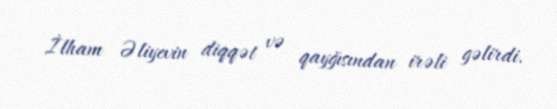
İlham Əliyevin diqqət və qayğısından irəli gəlirdi.